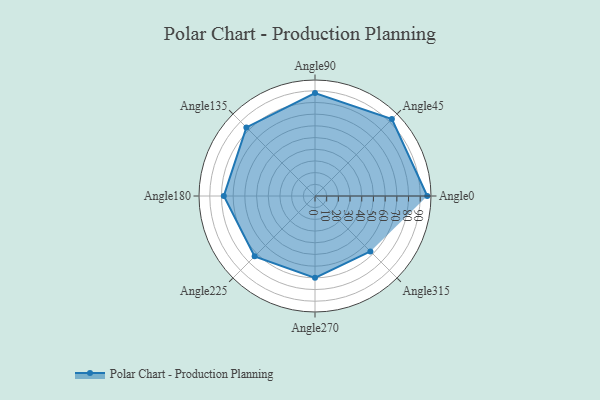
{"axis": {"x": "Angle", "y": "Radius"}, "legend": [""], "data": [{"x": "Angle0", "y": 96.0, "type": ""}, {"x": "Angle45", "y": 93.0, "type": ""}, {"x": "Angle90", "y": 88.0, "type": ""}, {"x": "Angle135", "y": 83.0, "type": ""}, {"x": "Angle180", "y": 78.0, "type": ""}, {"x": "Angle225", "y": 73.0, "type": ""}, {"x": "Angle270", "y": 70.0, "type": ""}, {"x": "Angle315", "y": 67.0, "type": ""}]}